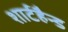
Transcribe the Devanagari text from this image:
शार्टहैन्ड